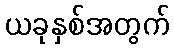
ယခုနှစ်အတွက်